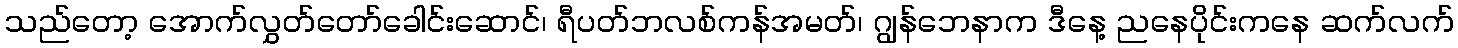
သည်တော့ အောက်လွှတ်တော်ခေါင်းဆောင်၊ ရီပတ်ဘလစ်ကန်အမတ်၊ ဂျွန်ဘေနာက ဒီနေ့ ညနေပိုင်းကနေ ဆက်လက်